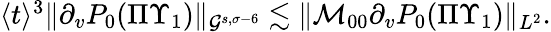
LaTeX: \begin{array}{r}{\langle t\rangle^{3}\| \partial_{v}P_{0}(\Pi\Upsilon_{1})\| _{\mathcal{G}^{s,\sigma-6}}\lesssim\| \mathcal{M}_{00}\partial_{v}P_{0}(\Pi\Upsilon_{1})\| _{L^{2}}.}\end{array}